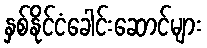
နှစ်နိုင်ငံခေါင်းဆောင်များ